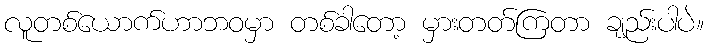
လူတစ်ယောက်ဟာဘဝမှာ တစ်ခါတော့ မှားတတ်ကြတာ ချည်းပါပဲ။